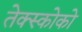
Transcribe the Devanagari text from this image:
तेक्स्कोको